Tezpur Lunatic Asylum reports 1895-1904 - 1895-1904
Year: 1895
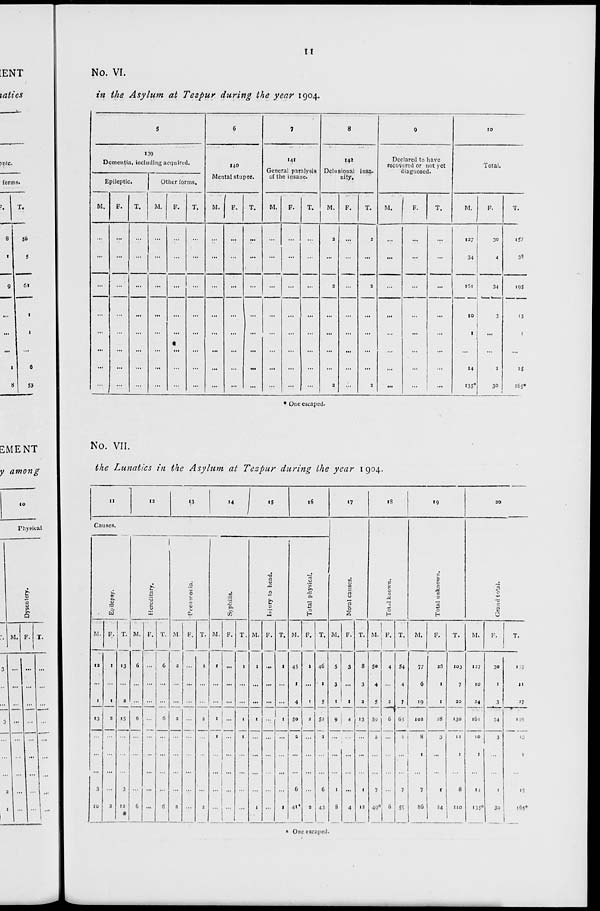
;ENT
xatics
II
>nic.
forms.
56
g
61
6
53
EMENT
y among
10
Physical
Q
M. F. T.
No. VI.
in the Asylum at Tespur during the year 1904.
5
6
7
8
9
10
139
Dementia, including acquired.
140
Mental stupor.
141
General parnlysis
cf the insane.
14*
Delusional
nity.
insa-
Declared to have
recovered or not yet
diagnosed.
Total.
Epileptic.
Other forms.
/
M.
F.
T.
M.
F.
T.
M.
F.
T.
M.
F.
T.
M.
F.
T.
M.
F.
T.
M.
F.
T.
...
...
...
...
...
...
...
...
...
...
...
...
2
...
2
...
...
...
127
34
30
4
i57
3!
...
...
...
...
...
...
...
...
...
...
...
2
...
2
...
...
...
id
34
«95
...
...
...
...
...
...
...
...
...
...
...
...
...
...
...
...
10
I
3
13
1
...
...
...
...
•
...
...
...
...
...
...
...
2
2
...
...
...
14
'35*
I
3°
15
165*
• One escaped.
No. VII.
the Lunatics in the Asylum at Tespur during the year 1904.
II
12
'3
u (
,
16
17
iS
»9
20
Causes.
Moral causes.
p
0
c
M
0
H
0
c
M
a
"a.
0
H
c
u
lif
1
n
■5
S
.5
0
0
G
pa
CO
•a
s
0
Total physical.
73
c
c
2
M. F. T.
13
2
...
3
13
M.
6
6
0
F. T. M. F. T.
2
M. F. T.
1
1
1
M.
1
1
1
F. T.
1
M. F. T. M. F. T. M. F. T.
M.
F.
T.
M.
F.
T.
12
1
13
...
3
10
t
1
2
...
2
—
0
6
6
2
1
45
1
4
So
2
...
6
4»*
1
1
2
2
46
1
5
52
2
6
43
5
3
1
3
1
8
3
2
S*
4
5
5y
7
49*
4
a
—■»
6
54
4
7
7
5^
77
6
19
25
1
1
103
7
20
127
10
24
161
10
I
14
135*
30
1
3
157
11
27
1
1
...
i
9 j 4 13
1
12
102
1
7
86
28
130
11
6
no
34
195
...
1
8
4
3
t
=4
3
1
3Q
13
I
15
165*
1
* One escaped.